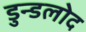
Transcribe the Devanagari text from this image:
डुन्डलोद